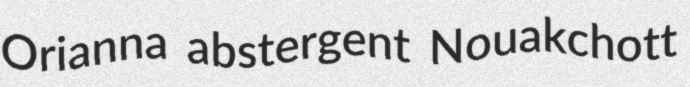
Orianna abstergent Nouakchott